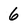
Character: 6